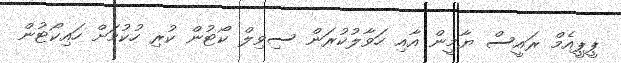
ޕީޕީއެމް ރައީސް ޔާމީން އާއި ހަވާލުކުރަން ސިވިލް ކޯޓުން ކުރި ހުކުމަށް ހައިކޯޓުން